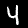
Digit: 4